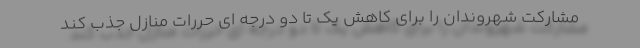
مشارکت شهروندان را برای کاهش یک تا دو درجه ای حررات منازل جذب کند